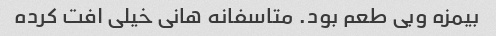
بیمزه وبی طعم بود. متاسفانه هانی خیلی افت کرده